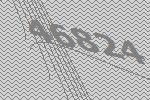
46824